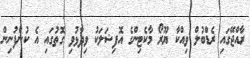
ރާއްޖޭގައި ރެޑްބުލް ވިއްކާ ޔޫރޯ މާކެޓިންގެ އޮފިޝަލަކު ވިދާޅުވި ގޮތުގައި އެ ކުންފުނިން